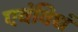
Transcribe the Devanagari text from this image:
एवंविधं